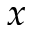
x